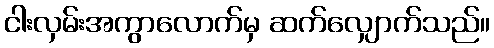
ငါးလှမ်းအကွာလောက်မှ ဆက်လျှောက်သည်။